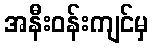
အနီးဝန်းကျင်မှ